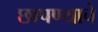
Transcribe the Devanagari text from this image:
छापण्याचे